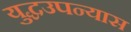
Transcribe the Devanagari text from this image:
युद्धउपन्यास